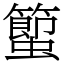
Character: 蠞